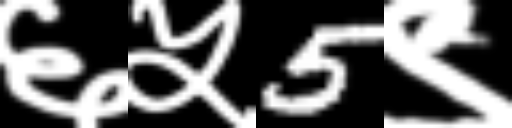
Text: ६५5९